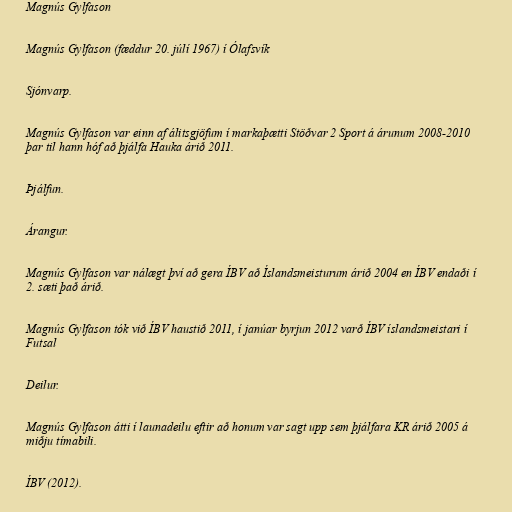
Magnús Gylfason

Magnús Gylfason (fæddur 20. júlí 1967) í Ólafsvík

Sjónvarp.

Magnús Gylfason var einn af álitsgjöfum í markaþætti Stöðvar 2 Sport á árunum 2008-2010
þar til hann hóf að þjálfa Hauka árið 2011.

Þjálfun.

Árangur.

Magnús Gylfason var nálægt því að gera ÍBV að Íslandsmeisturum árið 2004 en ÍBV endaði í
2. sæti það árið.

Magnús Gylfason tók við ÍBV haustið 2011, í janúar byrjun 2012 varð ÍBV íslandsmeistari í
Futsal

Deilur.

Magnús Gylfason átti í launadeilu eftir að honum var sagt upp sem þjálfara KR árið 2005 á
miðju tímabili.

ÍBV (2012).